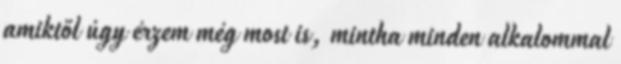
amiktől úgy érzem még most is, mintha minden alkalommal